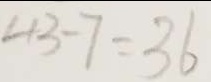
4 3 - 7 = 3 6